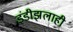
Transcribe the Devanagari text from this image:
इंडीझलाही